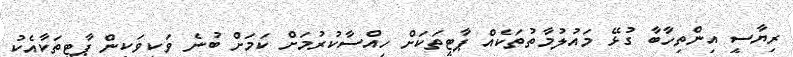
ރިޔާސީ އިންތިހާބާ ގުޅޭ މައުލުމާތުތަކެއް ޕާޓީތަކަށް ހިއްސާކުރުމަށް ކަމަށް ބުނެ ވަކިވަކިން ޕާޓީތަކާއެކު